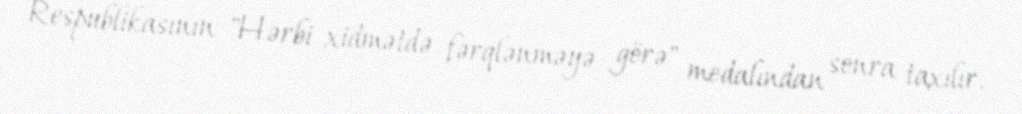
Respublikasının "Hərbi xidmətdə fərqlənməyə görə" medalından sonra taxılır.